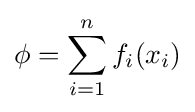
\phi =\sum _{i=1}^{n}f_{i}(x_{i})